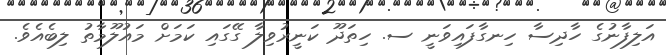
އަލިފާނުގެ ހާދިސާ ހިނގާފައިވަނީ ސ. ހިތަދޫ ކަނީރުވިލާ ގޭގައި ކަމަށް މައުލޫމާތު ލިބެއެވެ.